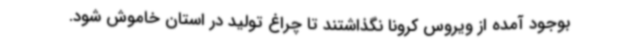
بوجود آمده از ویروس کرونا نگذاشتند تا چراغ تولید در استان خاموش شود.